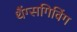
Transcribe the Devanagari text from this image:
थैंग्सगिविंग